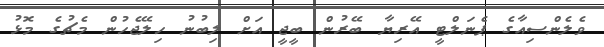
ވެލެންސިއާގެ ޕެނަލްޓީ އޭރިޔާ ބޭރުން ބީޖީ އަށް ލިބުނު ހިލޭޖެހުން މެޗުގެ މޮޅު